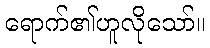
ရောက်၏ဟူလိုသော်။